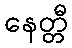
နေတ္တီ